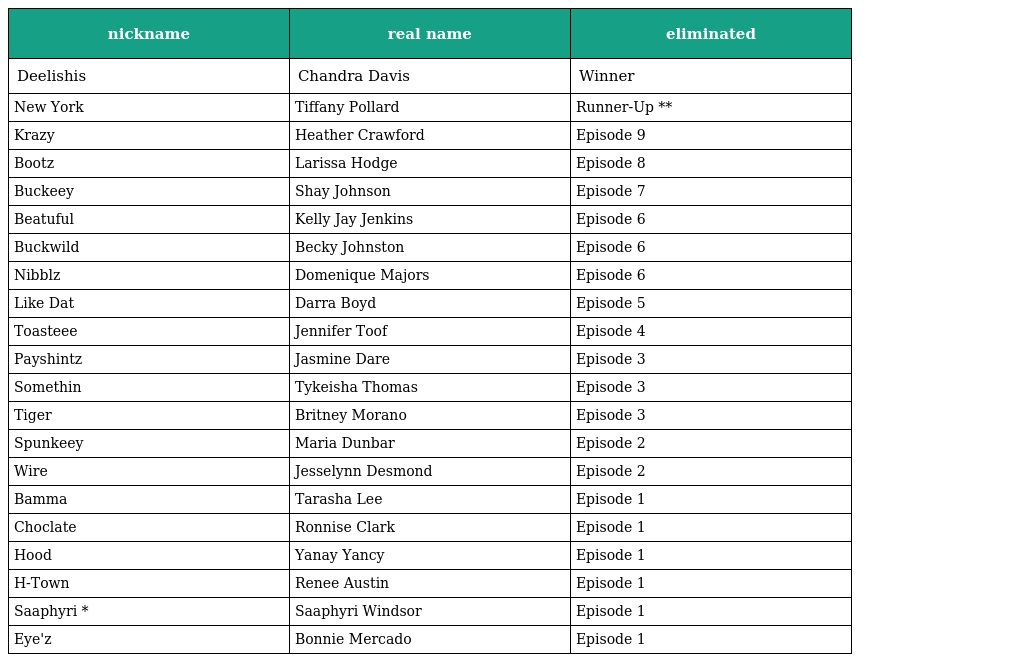
| nickname | real name | eliminated |
 | --- | --- | --- |
 | Deelishis | Chandra Davis | Winner |
 | New York | Tiffany Pollard | Runner-Up ** |
 | Krazy | Heather Crawford | Episode 9 |
 | Bootz | Larissa Hodge | Episode 8 |
 | Buckeey | Shay Johnson | Episode 7 |
 | Beatuful | Kelly Jay Jenkins | Episode 6 |
 | Buckwild | Becky Johnston | Episode 6 |
 | Nibblz | Domenique Majors | Episode 6 |
 | Like Dat | Darra Boyd | Episode 5 |
 | Toasteee | Jennifer Toof | Episode 4 |
 | Payshintz | Jasmine Dare | Episode 3 |
 | Somethin | Tykeisha Thomas | Episode 3 |
 | Tiger | Britney Morano | Episode 3 |
 | Spunkeey | Maria Dunbar | Episode 2 |
 | Wire | Jesselynn Desmond | Episode 2 |
 | Bamma | Tarasha Lee | Episode 1 |
 | Choclate | Ronnise Clark | Episode 1 |
 | Hood | Yanay Yancy | Episode 1 |
 | H-Town | Renee Austin | Episode 1 |
 | Saaphyri * | Saaphyri Windsor | Episode 1 |
 | Eye'z | Bonnie Mercado | Episode 1 |